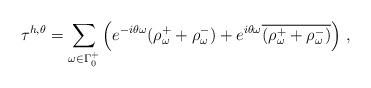
LaTeX: \begin{align*}\tau^{h,\theta}=\sum_{\omega \in \Gamma^+_0 } \left ( e^{-i\theta \omega}(\rho^{+}_{\omega} + \rho^{-}_{\omega}) + e^{i\theta \omega}\overline{(\rho^{+}_{\omega} + \rho^{-}_{\omega}) } \right ) \, ,\end{align*}